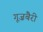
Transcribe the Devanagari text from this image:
गूज़बैरी